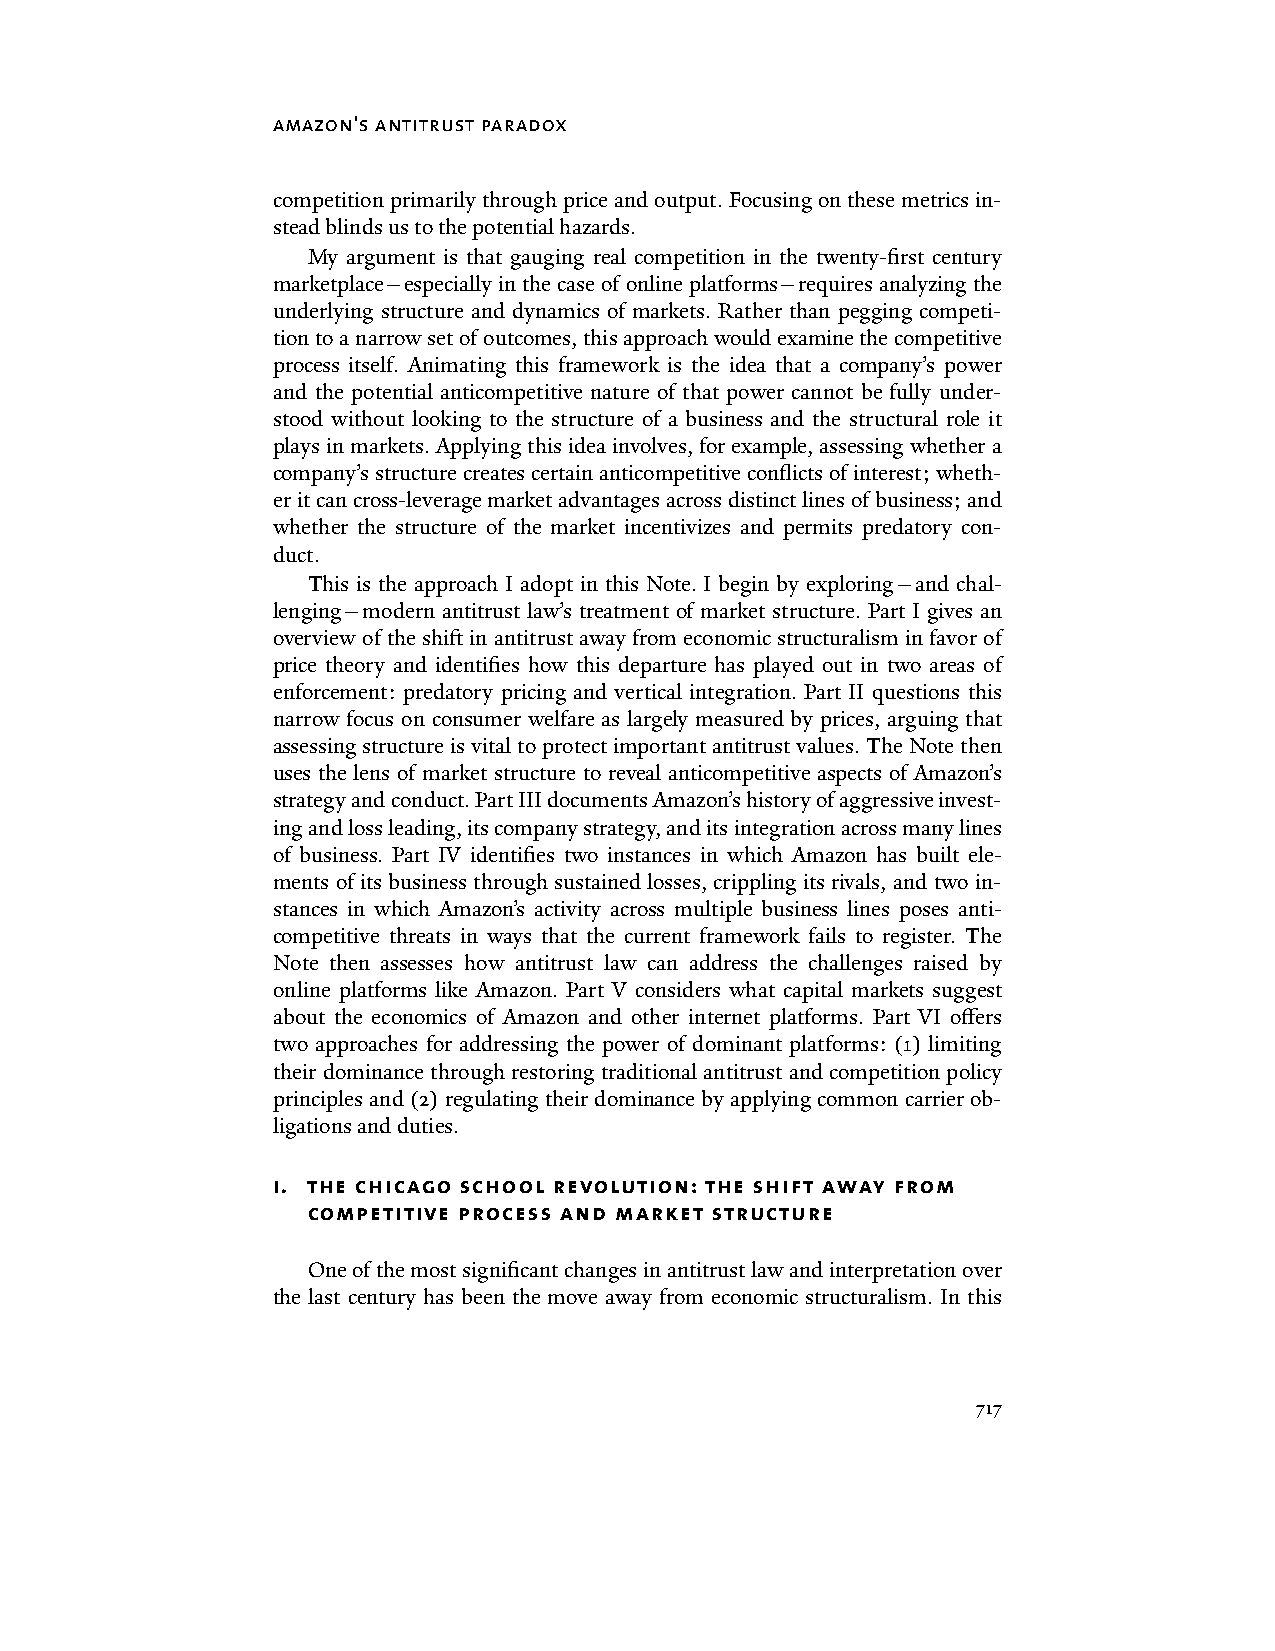
amazon's antitrust paradox
 competition primarily through price and output. Focusing on these metrics in-
 stead blinds us to the potential hazards.
 My argument is that gauging real competition in the twenty-first century
 marketplace—especially in the case of online platforms—requires analyzing the
 underlying structure and dynamics of markets. Rather than pegging competi-
 tion to a narrow set of outcomes, this approach would examine the competitive
 process itself. Animating this framework is the idea that a company’s power
 and the potential anticompetitive nature of that power cannot be fully under-
 stood without looking to the structure of a business and the structural role it
 plays in markets. Applying this idea involves, for example, assessing whether a
 company’s structure creates certain anticompetitive conflicts of interest; wheth-
 er it can cross-leverage market advantages across distinct lines of business; and
 whether the structure of the market incentivizes and permits predatory con-
 duct.
 This is the approach I adopt in this Note. I begin by exploring—and chal-
 lenging—modern antitrust law’s treatment of market structure. Part I gives an
 overview of the shift in antitrust away from economic structuralism in favor of
 price theory and identifies how this departure has played out in two areas of
 enforcement: predatory pricing and vertical integration. Part II questions this
 narrow focus on consumer welfare as largely measured by prices, arguing that
 assessing structure is vital to protect important antitrust values. The Note then
 uses the lens of market structure to reveal anticompetitive aspects of Amazon’s
 strategy and conduct. Part III documents Amazon’s history of aggressive invest-
 ing and loss leading, its company strategy, and its integration across many lines
 of business. Part IV identifies two instances in which Amazon has built ele-
 ments of its business through sustained losses, crippling its rivals, and two in-
 stances in which Amazon’s activity across multiple business lines poses anti-
 competitive threats in ways that the current framework fails to register. The
 Note then assesses how antitrust law can address the challenges raised by
 online platforms like Amazon. Part V considers what capital markets suggest
 about the economics of Amazon and other internet platforms. Part VI offers
 two approaches for addressing the power of dominant platforms: (1) limiting
 their dominance through restoring traditional antitrust and competition policy
 principles and (2) regulating their dominance by applying common carrier ob-
 ligations and duties.
 i. the chicago school revolution: the shift away from
 competitive process and market structure
 One of the most significant changes in antitrust law and interpretation over
 the last century has been the move away from economic structuralism. In this
 717